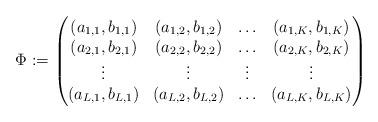
LaTeX: \begin{align*}\Phi := \begin{pmatrix}(a_{1,1}, b_{1,1}) & (a_{1,2}, b_{1,2}) & \ldots & (a_{1,K}, b_{1,K}) \\(a_{2,1}, b_{2,1}) & (a_{2,2}, b_{2,2}) & \ldots & (a_{2,K}, b_{2,K}) \\\vdots & \vdots & \vdots & \vdots \\(a_{L,1}, b_{L,1}) & (a_{L,2}, b_{L,2}) & \ldots & (a_{L,K}, b_{L,K})\end{pmatrix}\end{align*}